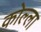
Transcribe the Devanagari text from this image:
कोल्ला